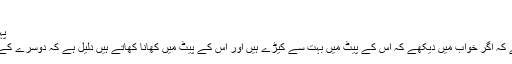
تعبیرخواب - کرمان (کیڑے) - Najoomi
پہلا صفہ > اردو > تعبیرخواب > کرمان (کیڑے)
حضرت ابن سیرین رحمۃ اﷲ علیہ نے فرمایا ہے کہ اگر خواب میں دیکھے کہ اس کے پیٹ میں بہت سے کیڑے ہیں اور اس کے پیٹ میں کھانا کھاتے ہیں دلیل ہے کہ دوسرے کے عیال کسی دوسرے کے مال سے لانا چاہے گا۔